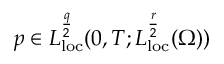
p \in L _ { \mathrm { l o c } } ^ { \frac { q } { 2 } } ( 0 , T ; L _ { \mathrm { l o c } } ^ { \frac { r } { 2 } } ( \Omega ) )